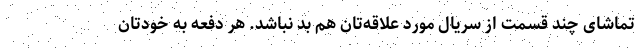
تماشای چند قسمت از سریال مورد علاقه‌تان هم بد نباشد. هر دفعه به خودتان